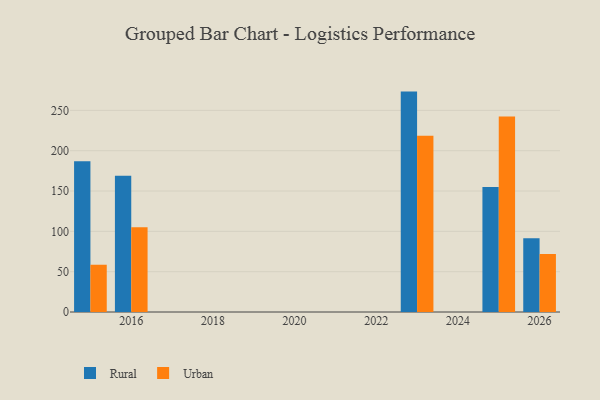
{"axis": {"x": "Year", "y": "Churn Rate (%)"}, "legend": ["Rural", "Urban"], "data": [{"x": "2025", "y": 155.0, "type": "Rural"}, {"x": "2025", "y": 242.3, "type": "Urban"}, {"x": "2026", "y": 91.5, "type": "Rural"}, {"x": "2026", "y": 72.0, "type": "Urban"}, {"x": "2016", "y": 169.0, "type": "Rural"}, {"x": "2016", "y": 105.2, "type": "Urban"}, {"x": "2015", "y": 186.9, "type": "Rural"}, {"x": "2015", "y": 58.6, "type": "Urban"}, {"x": "2023", "y": 273.3, "type": "Rural"}, {"x": "2023", "y": 218.7, "type": "Urban"}]}